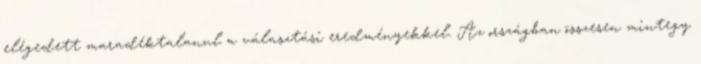
elégedett maradéktalanul a választási eredményekkel. Az országban összesen mintegy